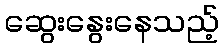
ဆွေးနွေးနေသည့်